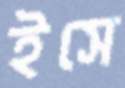
ইসে